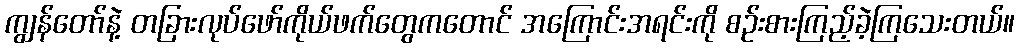
ကျွန်တော်နဲ့ တခြားလုပ်ဖော်ကိုယ်ဖက်တွေကတောင် အကြောင်းအရင်းကို စဉ်းစားကြည့်ခဲ့ကြသေးတယ်။